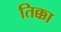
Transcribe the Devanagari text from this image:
तिक्का